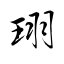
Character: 珝